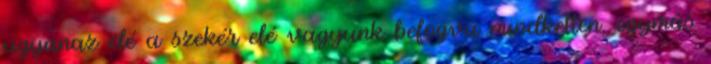
ugyanaz elé a szekér elé vagyunk befogva mindketten, egymás